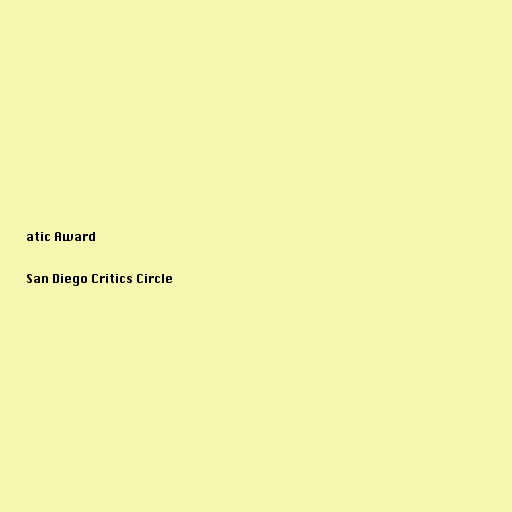
atic Award

San Diego Critics Circle